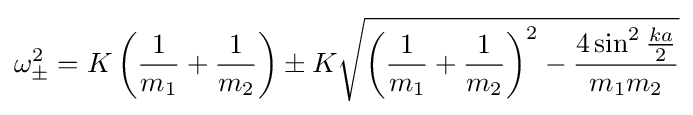
\omega _{\pm }^{2}=K\left({\frac {1}{m_{1}}}+{\frac {1}{m_{2}}}\right)\pm K{\sqrt {\left({\frac {1}{m_{1}}}+{\frac {1}{m_{2}}}\right)^{2}-{\frac {4\sin ^{2}{\frac {ka}{2}}}{m_{1}m_{2}}}}}